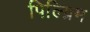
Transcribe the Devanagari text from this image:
पिल्ग्रिम